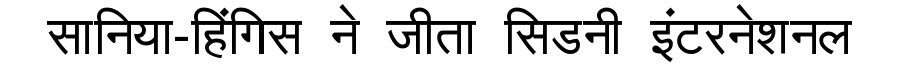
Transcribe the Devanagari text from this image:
सानिया-हिंगिस ने जीता सिडनी इंटरनेशनल